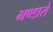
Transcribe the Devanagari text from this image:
भण्डारो